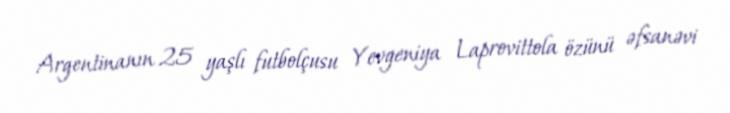
Argentinanın 25 yaşlı futbolçusu Yevgeniya Laprovittola özünü əfsanəvi